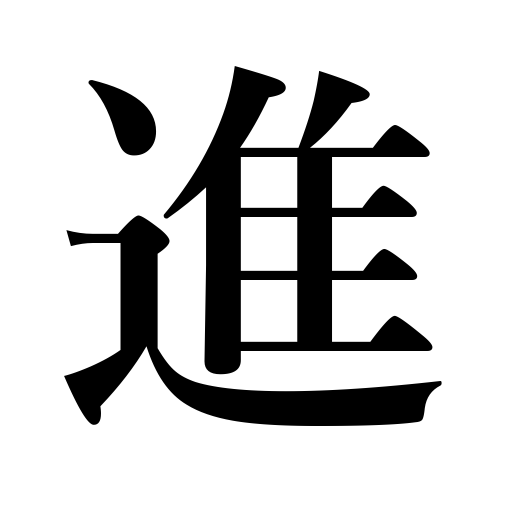
Meanings: stimulate,advancing,present,progress,feel like doing,set watches ahead,move forward,elevate,watches gain,speed up,be in an advanced stage,promote,advance,proceed,be promoted